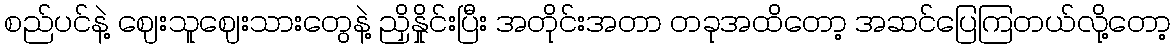
စည်ပင်နဲ့ ဈေးသူဈေးသားတွေနဲ့ ညှိနှိုင်းပြီး အတိုင်းအတာ တခုအထိတော့ အဆင်ပြေကြတယ်လို့တော့